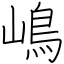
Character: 嶋